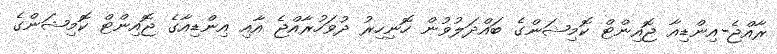
ރާއްޖެ-އިންޑިއާ ޖޮއިންޓް ކޮމިޝަންގެ ބައްދަލުވުން ހޮނިހިރު ދުވަހުރާއްޖެ އާއި އިންޑިއާގެ ޖޮއިންޓް ކޮމިޝަންގެ